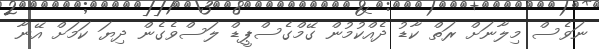
ނަވެސް މިލާނަށް ރަތް ކާޑު ދެއްކުމުން ގޭމްގެސްޕީޑް ލަސްވެގެން ދިޔަ ކަމަށް އޭނާ